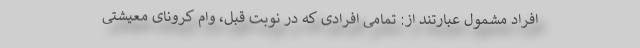
افراد مشمول عبارتند از: تمامی افرادی که در نوبت قبل، وام کرونای معیشتی